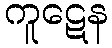
ကူဋေန